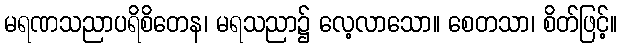
မရဏသညာပရိစိတေန၊ မရသညာ၌ လေ့လာသော။ စေတသာ၊ စိတ်ဖြင့်။